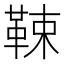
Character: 𩊯